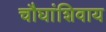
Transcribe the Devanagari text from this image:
चौघांशिवाय